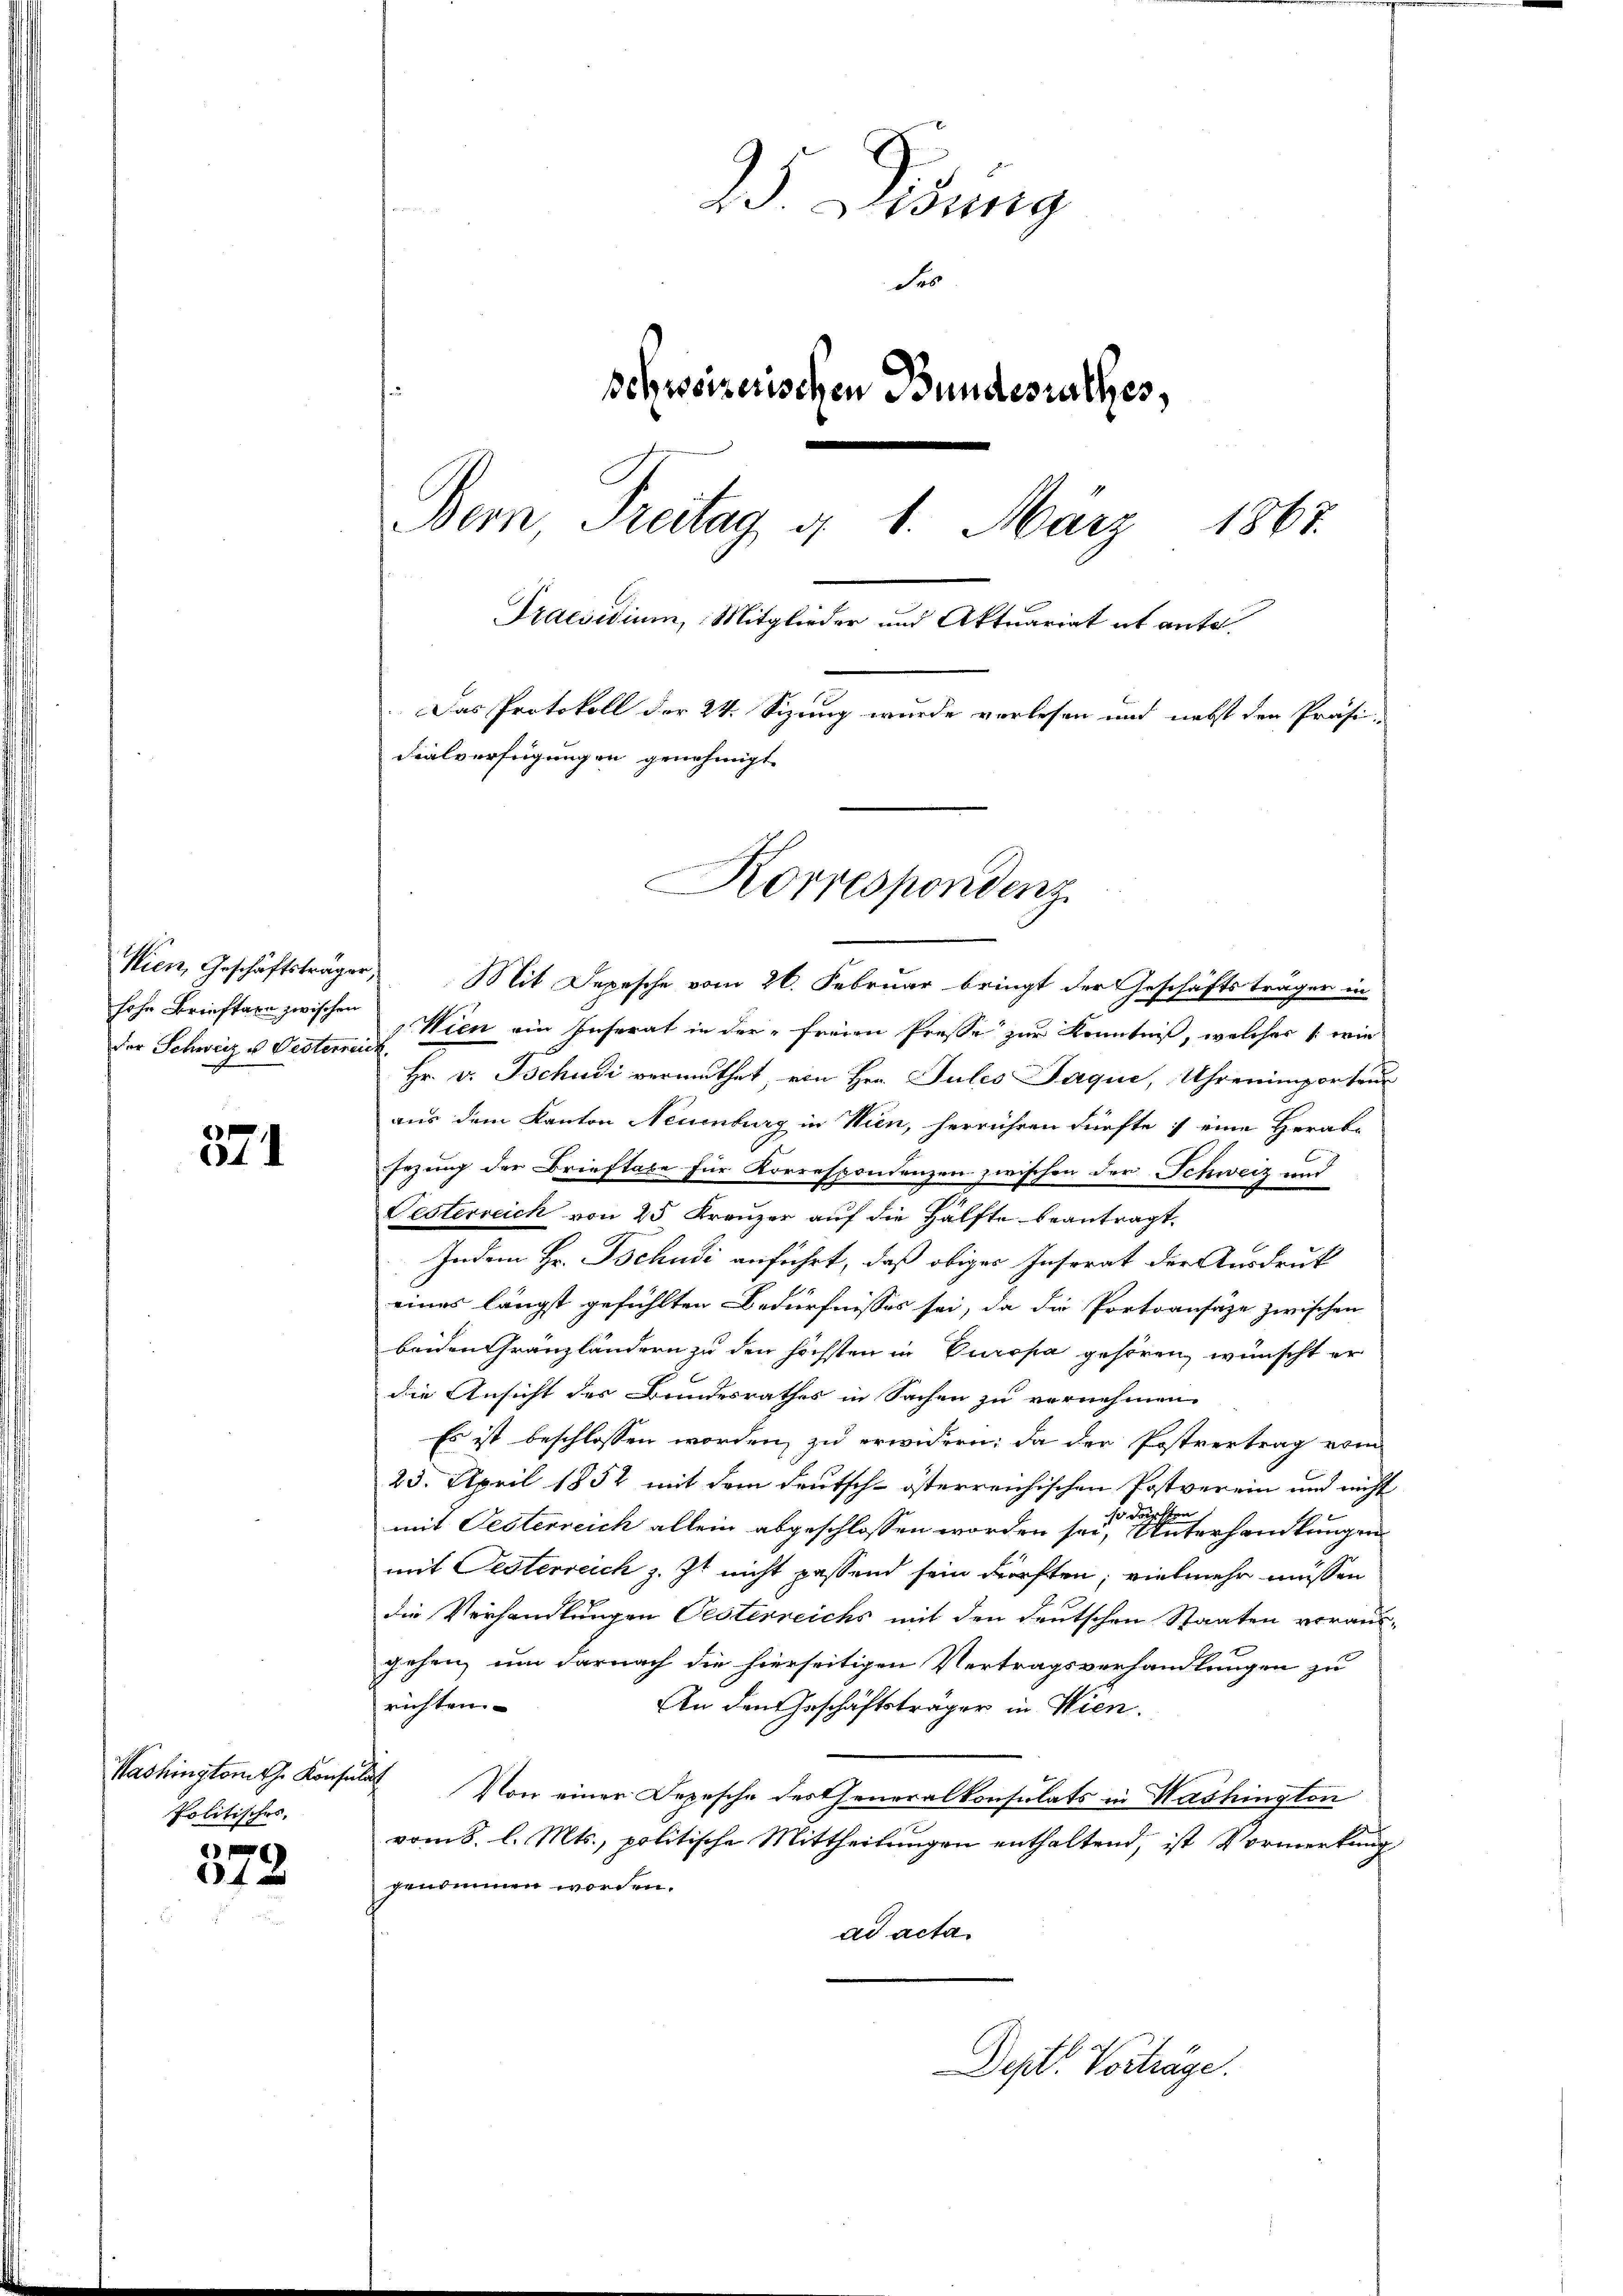
Wien, Geschäftsträger,
hohe Brieftaxe zwischen
der Schweiz u. Oestereich.

571

Politisches,

12

95 Libung
des
schweizerischen Bundesrathes,
Bern, Freitag d. 1. März 1867.
Praesidium, Mitglieder und Aktuariat ab ante¬
Das Protokoll der 24. Sizung wurde verlesen und nebst den Präsi-
Fialverfügungen genehmigt.

Mit Depesche vom 26. Februar bringt der Geschäftsträger in

Korrespondenz

Wien ein Inserat in der freien Presse zur Kenntniß, welches (wie
Hr. v. Tschudi vermuthet, von Hrn. Jules Jaqui, Uhrenimportens
aus dem Kanton Neuenburg in Wien, herrühren dürfte :/ eine Herab-
sezung der Brieftabe für Korrespondenzen zwischen der Schweiz und
Gesterreich von 25 Kreuzer auf die Hälfte beantragt.
Indem Hr. Tschudi anführt, daß obiges Instrat der Ausdruck
eines längst gefühlten Bedürfnisses sei, da die Portoansäze zwischen
beiden Gränzländern zu den höchsten in Europa gehören, wünscht er
die Ansicht des Bundesrathes in Sachen zu vernehmen.
Es ist beschlossen worden, zu erwidern; da der Postvertrag vom
25. April 1852 mit dem deutsch-österreichischen Postverein und nicht
chten
s
mit Pesterreich allein abgeschlossen worden sei, Unterhandlungen
mit Pesterreich z. Zt. nicht passend sein dürften; vielmehr müssen
die Verhandlungen Oesterreichs mit den deutschen Staaten voraus-
gehen, um darnach die hierseitigen Vertragsverhandlungen zu
richten.
An den Geschäftsträger in Wien.
Washingtont. Konsul von einer Depesche der Generalkonsulats in Washington
vom 8. l. Mts., politische Mittheilungen enthaltend, ist Vormerkung
genommen worden.
ad acta
Dept. Vorträge.